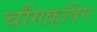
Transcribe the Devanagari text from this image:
चौंगक़्विंग